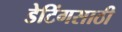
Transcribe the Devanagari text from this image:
डेटिंगसाठी